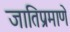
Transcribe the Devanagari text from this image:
जातिप्रमाणे